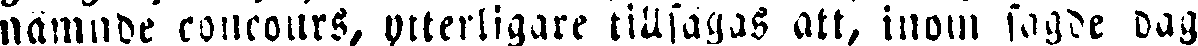
nämnde concours, ytterligare tillsagas att, inom sagde dag